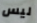
ليس